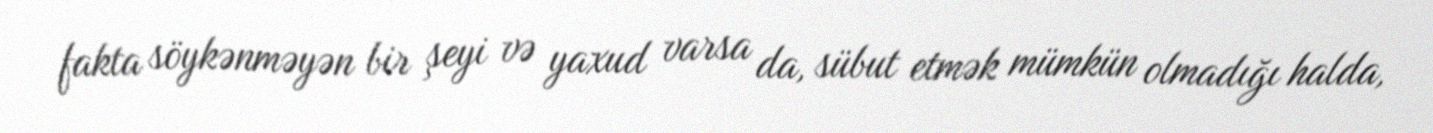
fakta söykənməyən bir şeyi və yaxud varsa da, sübut etmək mümkün olmadığı halda,